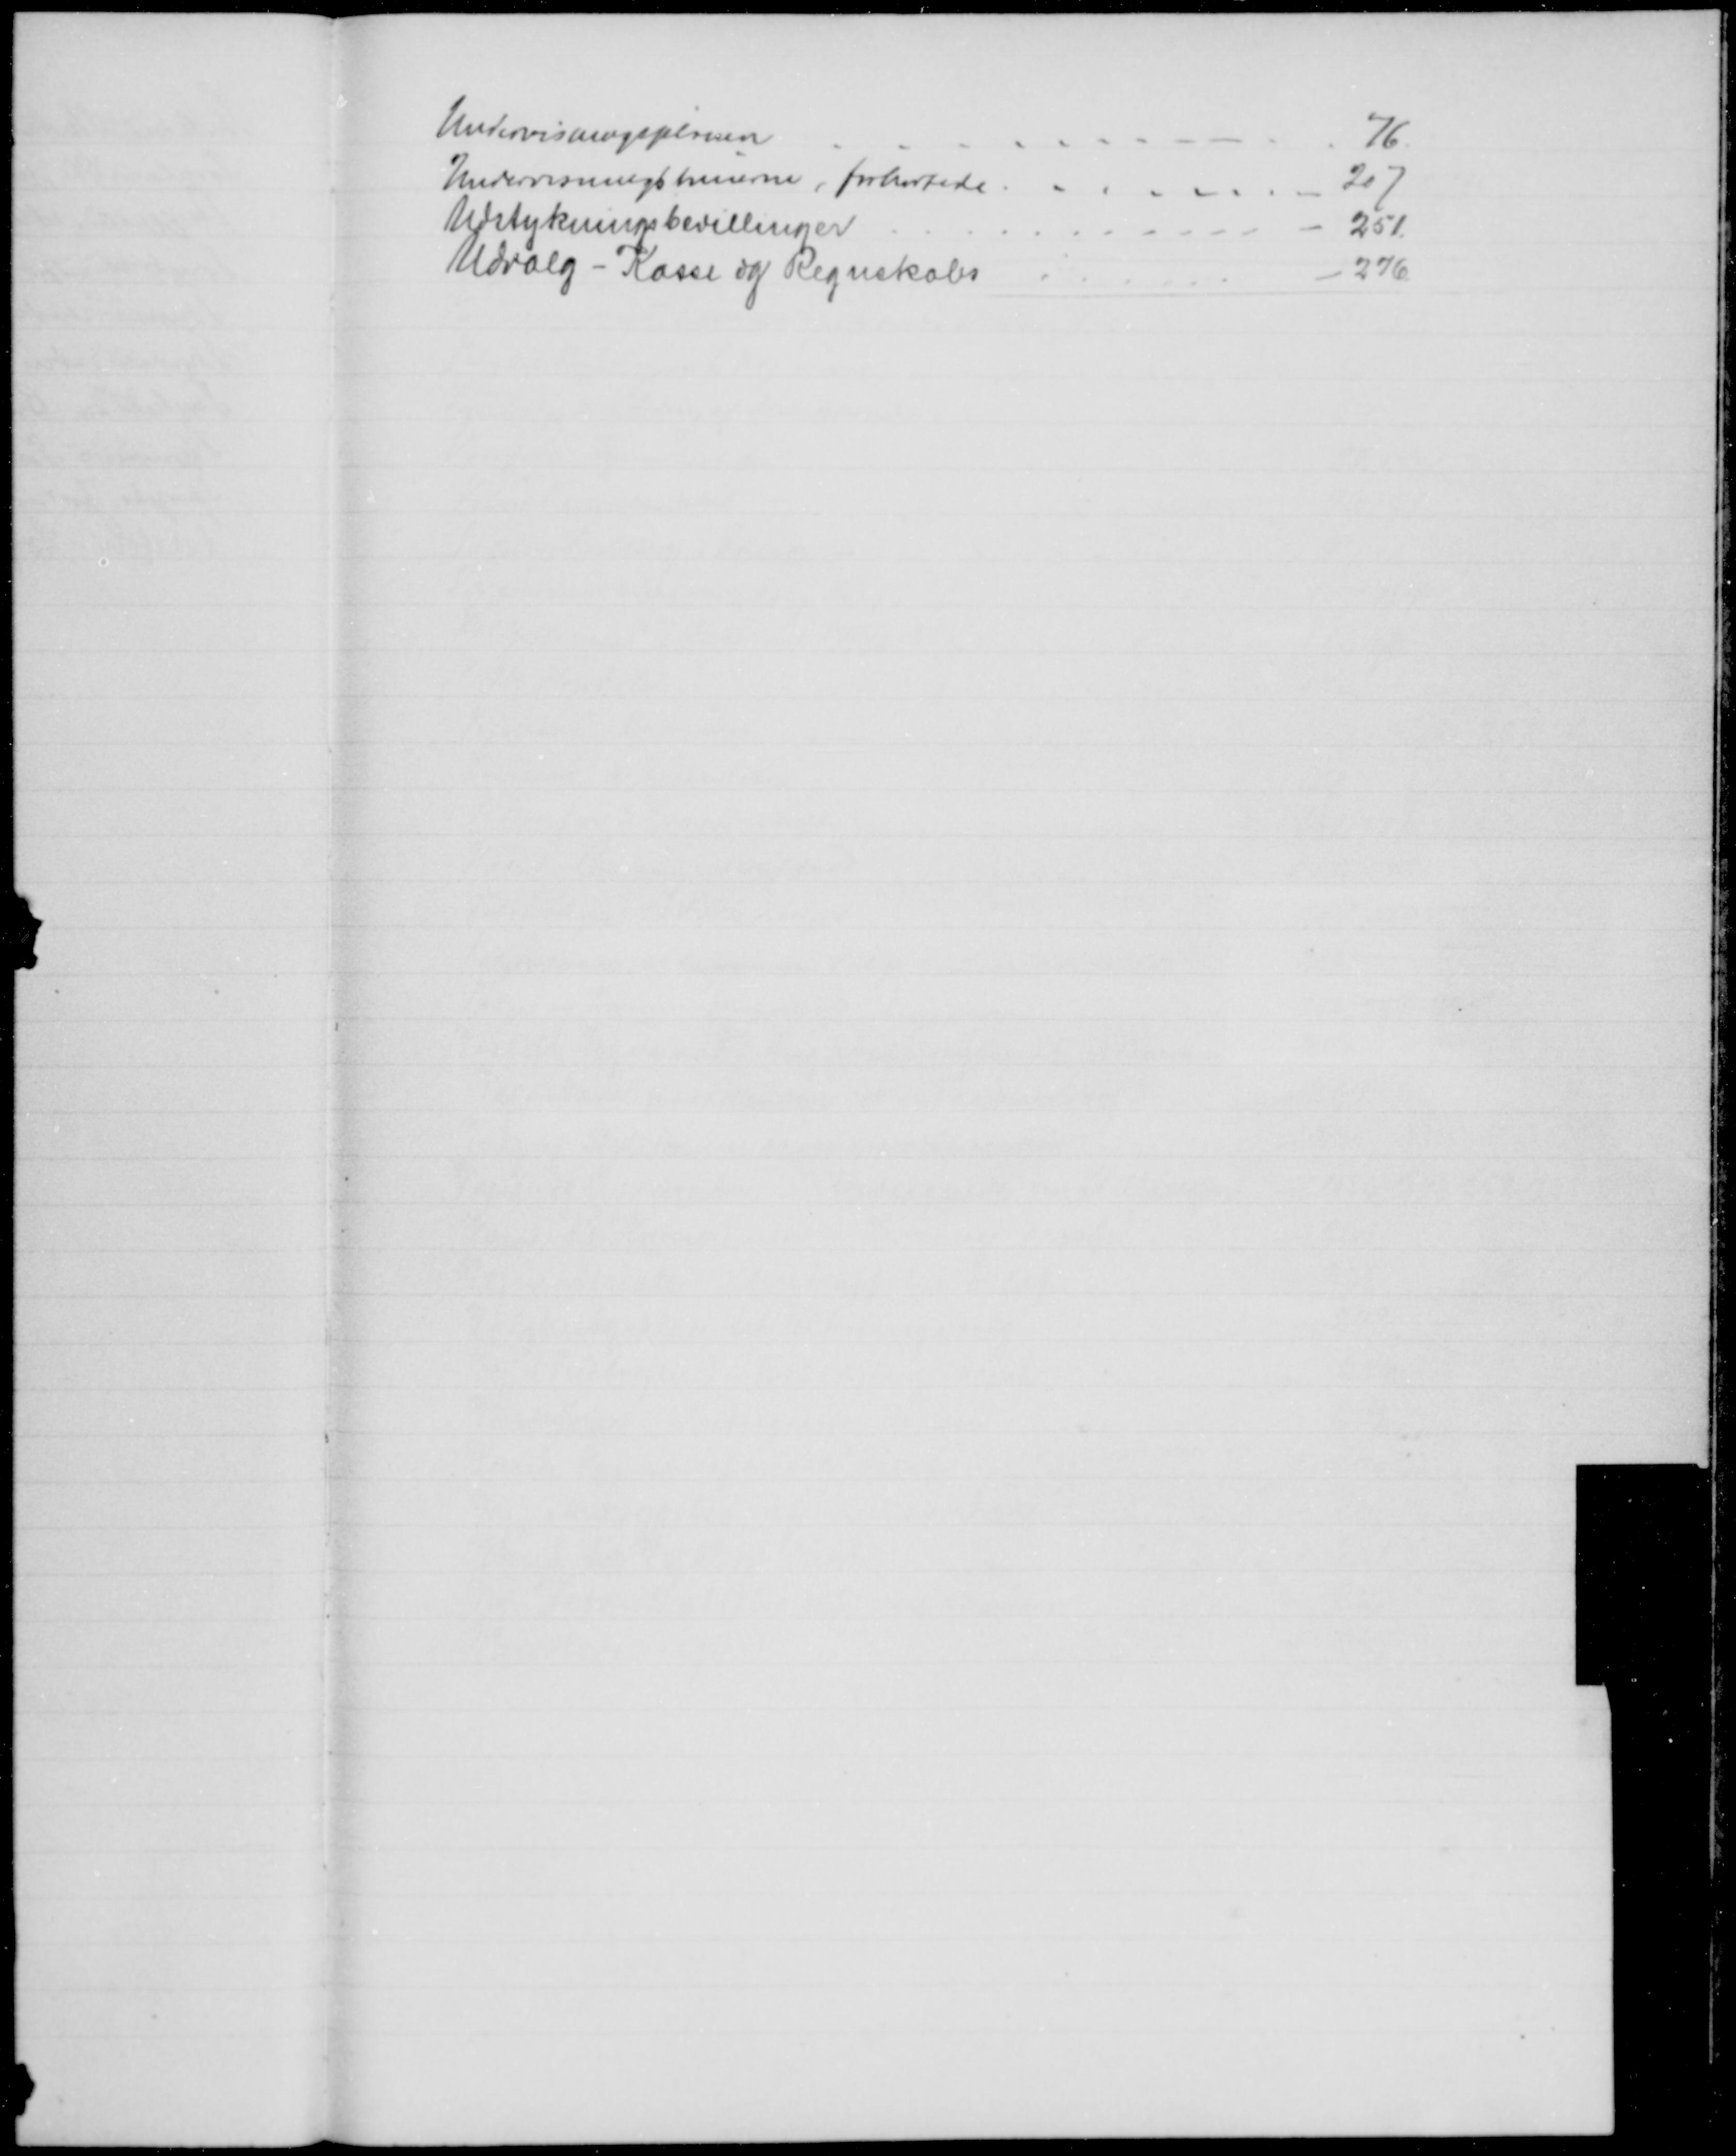
Transskription:
Undervisningsplanen
76
Undervisningstimerne, forkortede.
207
Udstykningsbevillinger
251.
Udvalg - Kasse og Regnskabs
276